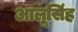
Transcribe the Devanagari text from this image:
आलूसिंह